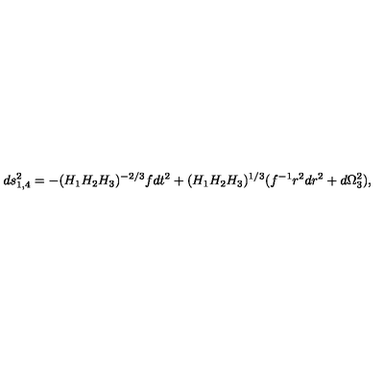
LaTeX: d s _ { 1 , 4 } ^ { 2 } = - ( H _ { 1 } H _ { 2 } H _ { 3 } ) ^ { - 2 / 3 } f d t ^ { 2 } + ( H _ { 1 } H _ { 2 } H _ { 3 } ) ^ { 1 / 3 } ( f ^ { - 1 } r ^ { 2 } d r ^ { 2 } + d \Omega _ { 3 } ^ { 2 } ) ,